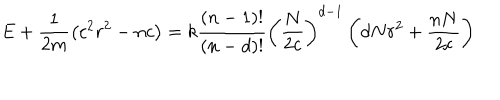
E + \frac { 1 } { 2 m } \left( c ^ { 2 } r ^ { 2 } - n c \right) = k \frac { \left( n - 1 \right) ! } { \left( n - d \right) ! } \left( \frac { N } { 2 c } \right) ^ { d - 1 } \left( d N r ^ { 2 } + \frac { n N } { 2 c } \right)